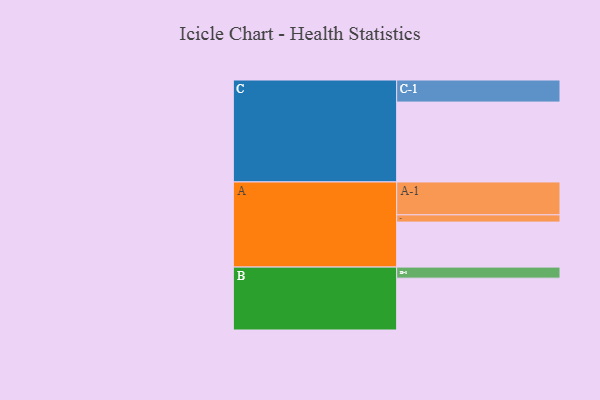
{"axis": {"x": "Segment", "y": "Value"}, "legend": ["", "A", "B", "C"], "data": [{"x": "A", "y": 334, "type": ""}, {"x": "B", "y": 385, "type": ""}, {"x": "C", "y": 593, "type": ""}, {"x": "A-1", "y": 244, "type": "A"}, {"x": "A-2", "y": 54, "type": "A"}, {"x": "B-1", "y": 82, "type": "B"}, {"x": "C-1", "y": 164, "type": "C"}]}